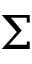
\Sigma